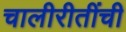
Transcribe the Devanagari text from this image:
चालीरीतींची